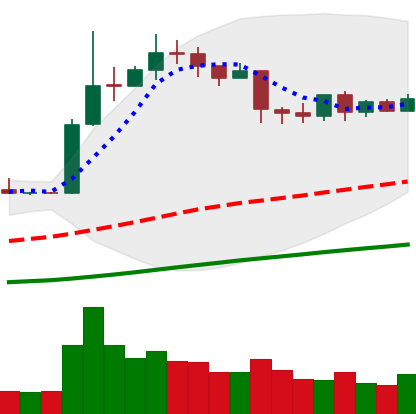
Ticker: LTC-USD
Chart end date: 2019-04-18
Forward return: -8.809%
Label: down_7plus